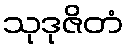
သုဒုဇိတံ